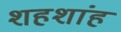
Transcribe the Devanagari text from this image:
शहशांह